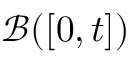
\mathcal { B } ( [ 0 , t ] )